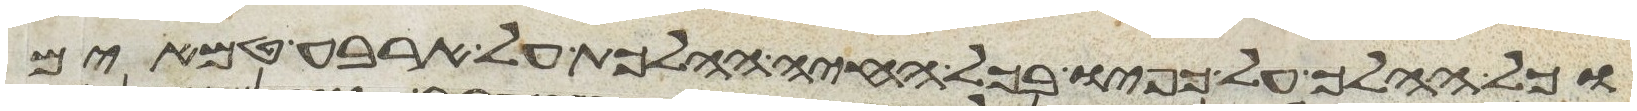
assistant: וכל ההלך על כפיו בכל החיה ההלכת על ארבע טמאים